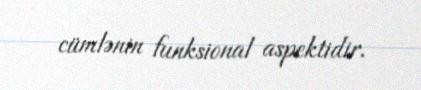
cümlənin funksional aspektidir.